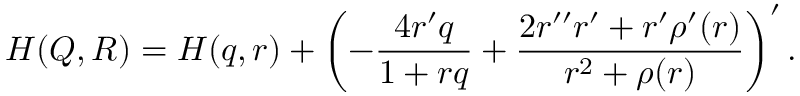
{ \cal H } ( Q , R ) = { \cal H } ( q , r ) + \left( - \frac { 4 r ^ { \prime } q } { 1 + r q } + \frac { 2 r ^ { \prime \prime } r ^ { \prime } + r ^ { \prime } \rho ^ { \prime } ( r ) } { r ^ { 2 } + \rho ( r ) } \right) ^ { \prime } .